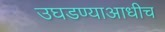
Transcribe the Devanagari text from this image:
उघडण्याआधीच